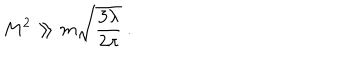
LaTeX: M ^ { 2 } \gg m \sqrt { \frac { 3 \lambda } { 2 \pi } } \ .